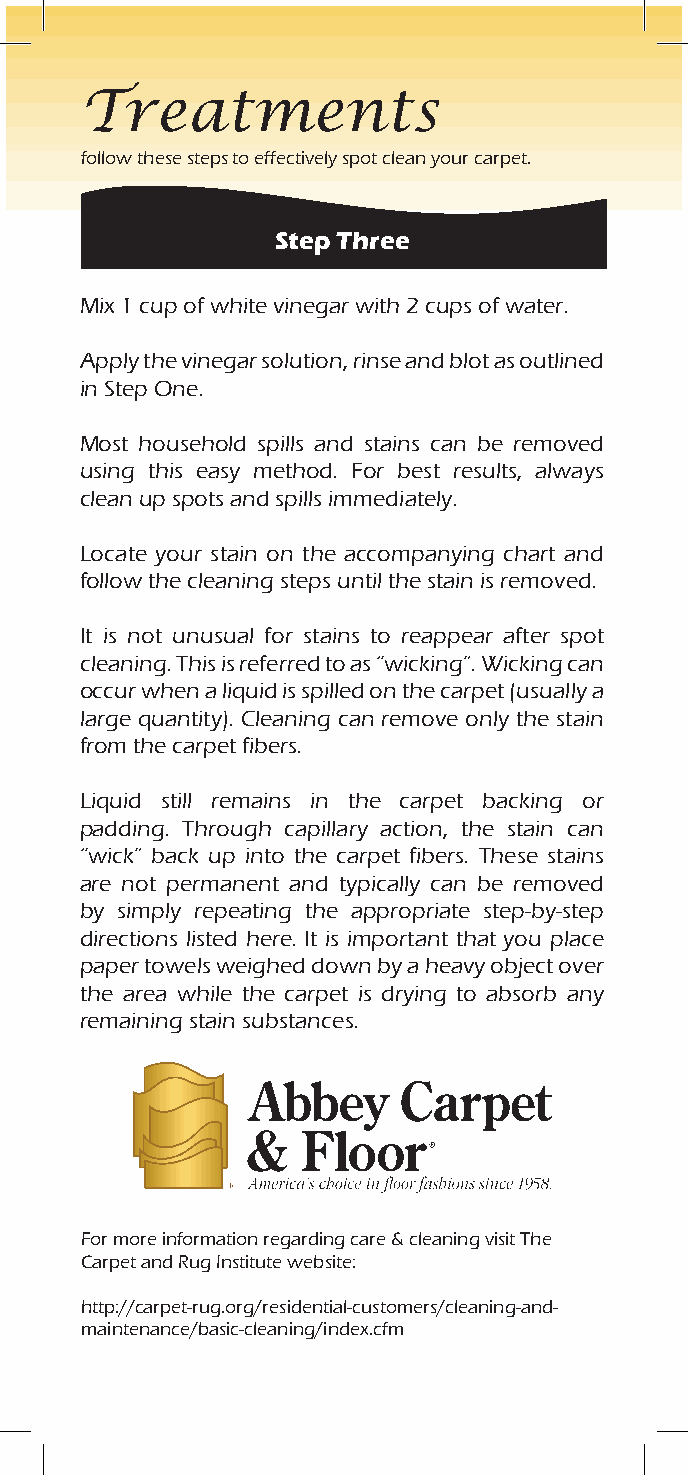
Treatments
 follow these steps to effectively spot clean your carpet.
 Step Three
 Mix 1 cup of white vinegar with 2 cups of water.
 Apply the vinegar solution, rinse and blot as outlined
 in Step One.
 Most household spills and stains can be removed
 using this easy method. For best results, always
 clean up spots and spills immediately.
 Locate your stain on the accompanying chart and
 follow the cleaning steps until the stain is removed.
 It is not unusual for stains to reappear after spot
 cleaning. This is referred to as “wicking”. Wicking can
 occur when a liquid is spilled on the carpet (usually a
 large quantity). Cleaning can remove only the stain
 from the carpet fibers.
 Liquid still remains in the carpet backing or
 padding. Through capillary action, the stain can
 “wick” back up into the carpet fibers. These stains
 are not permanent and typically can be removed
 by simply repeating the appropriate step-by-step
 directions listed here. It is important that you place
 paper towels weighed down by a heavy object over
 the area while the carpet is drying to absorb any
 remaining stain substances.
 For more information regarding care & cleaning visit The
 Carpet and Rug Institute website:
 http://carpet-rug.org/residential-customers/cleaning-and-
 maintenance/basic-cleaning/index.cfm